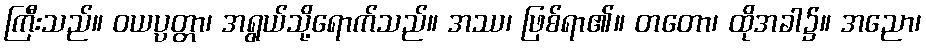
ကြီးသည်။ ဝယပ္ပတ္တာ၊ အရွယ်သို့ရောက်သည်။ အဿ၊ ဖြစ်ရာ၏။ တတော၊ ထိုအခါ၌။ အညော၊